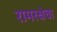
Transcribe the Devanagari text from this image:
रामरक्षेचा